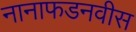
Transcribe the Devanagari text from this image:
नानाफडनवीस